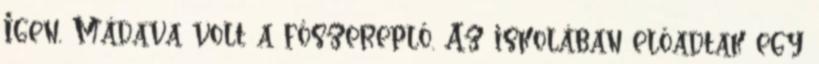
Igen, Mádava volt a főszereplő. Az iskolában előadtak egy